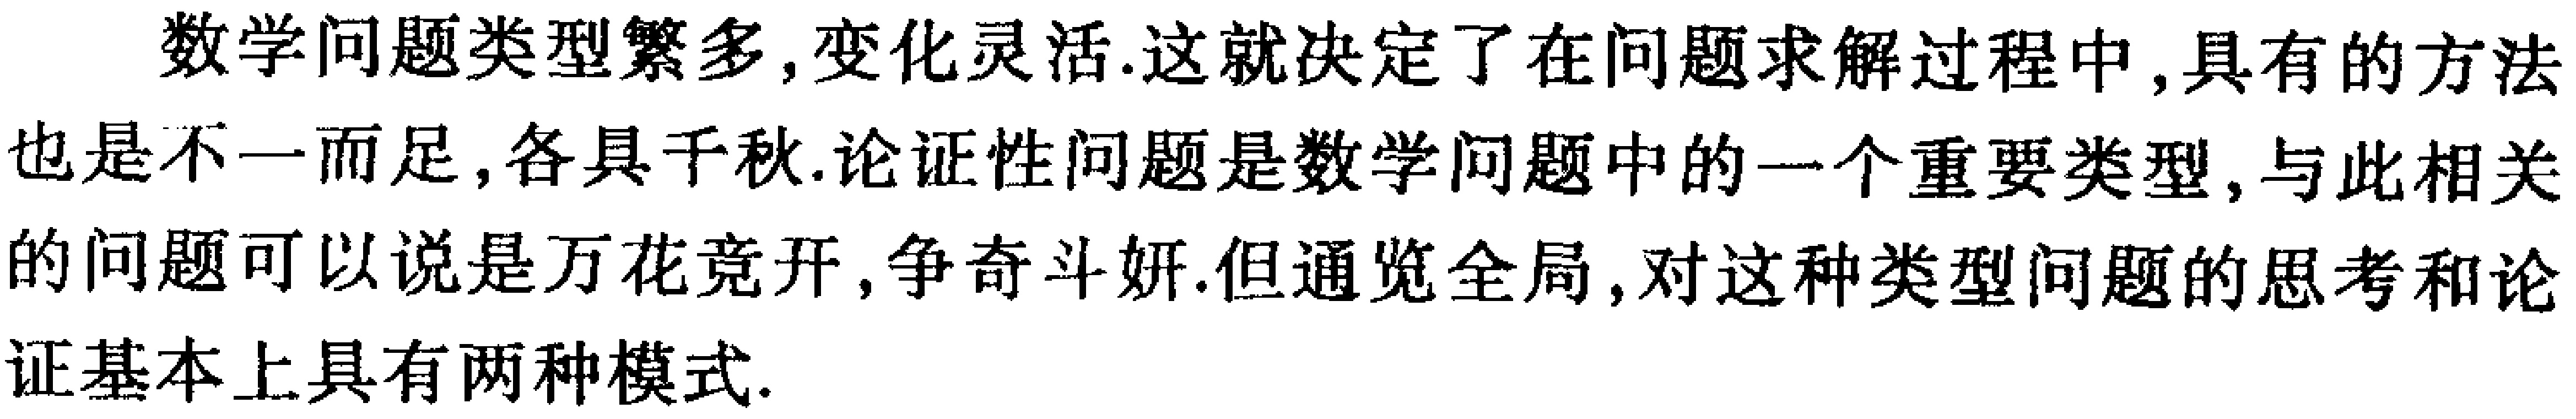
数学问题类型繁多,变化灵活.这就决定了在问题求解过程中,具有的方法也是不一而足,各具千秋.论证性问题是数学问题中的一个重要类型,与此相关的问题可以说是万花竞开,争奇斗妍.但通览全局,对这种类型问题的思考和论证基本上具有两种模式.